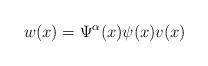
LaTeX: \begin{align*}w(x)= \Psi^\alpha (x)\psi (x)v(x)\end{align*}